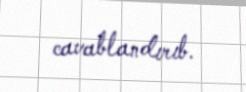
cavablandırıb.